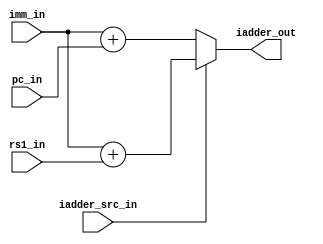
module msrv32_immediate_adder(input [31:0]pc_in,
				input [31:0]rs1_in,
				input iadder_src_in,
				input [31:0]imm_in,
				output reg [31:0]iadder_out);

//assign iadder_out = iadder_src_in?(rs1_in+imm_in):(pc_in+imm_in);
always@(*)
begin
if(iadder_src_in)
iadder_out=imm_in+rs1_in;
else
iadder_out=imm_in+pc_in;
end

endmodule